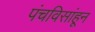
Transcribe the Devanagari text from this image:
पंचविसांहून